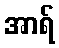
အာရ်